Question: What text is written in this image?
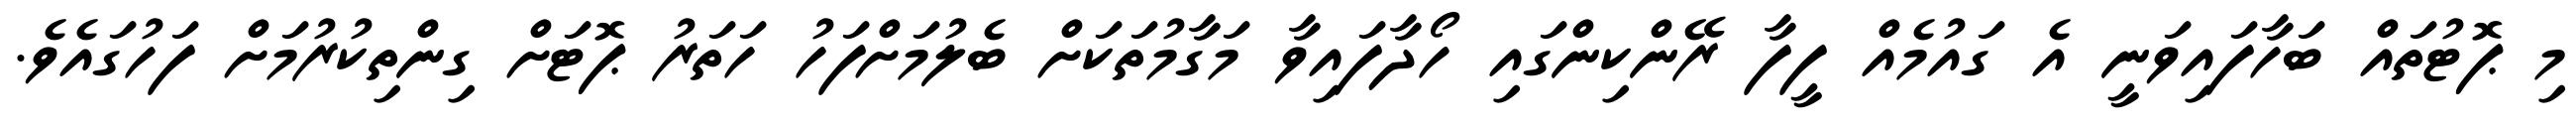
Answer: މި ޕޮޓުތައް ބަހާފައިވަނީ އެ ގައުމެއް ފީފާ ރޭންކިންގައި ހޯދާފައިވާ މަގާމުތަކަށް ބެލުމަށްފަހު ހަތަރު ޕޮޓަށް ގިންތިކުރުމަށް ފަހުގައެވެ.